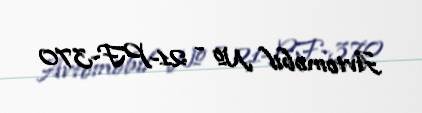
Avtomobil № - 21-PF-370